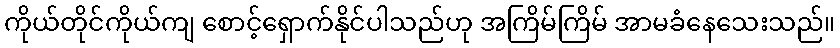
ကိုယ်တိုင်ကိုယ်ကျ စောင့်ရှောက်နိုင်ပါသည်ဟု အကြိမ်ကြိမ် အာမခံနေသေးသည်။